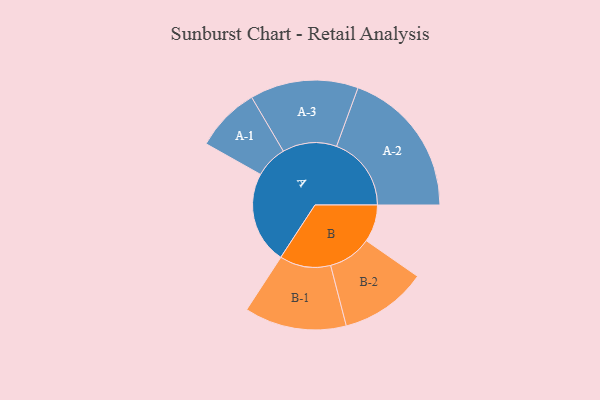
{"axis": {"x": "Segment", "y": "Value"}, "legend": ["", "A", "B"], "data": [{"x": "A", "y": 354, "type": ""}, {"x": "B", "y": 143, "type": ""}, {"x": "A-1", "y": 124, "type": "A"}, {"x": "A-2", "y": 287, "type": "A"}, {"x": "A-3", "y": 208, "type": "A"}, {"x": "B-1", "y": 196, "type": "B"}, {"x": "B-2", "y": 167, "type": "B"}]}